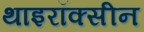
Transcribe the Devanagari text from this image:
थाइरॉक्सीन